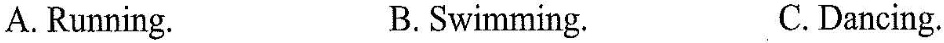
A. Running. B.Swimming. C.Dancing.